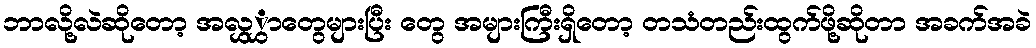
ဘာလို့လဲဆိုတော့ အလွှွှာတွေများပြီး တွေ အများကြီးရှိတော့ တသံတည်းထွက်ဖို့ဆိုတာ အခက်အခဲ